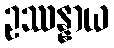
ဥဿန္နာယ